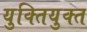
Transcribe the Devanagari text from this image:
युक्‍ितयुक्‍त